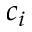
c _ { i }